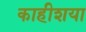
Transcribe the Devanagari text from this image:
काहीशया